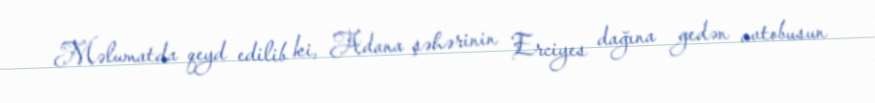
Məlumatda qeyd edilib ki, Adana şəhərinin Erciyes dağına gedən avtobusun